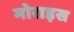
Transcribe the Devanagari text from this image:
मोराइस